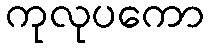
ကုလုပကော